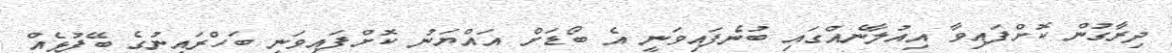
ދިރާގުން ކޮށްފައިވާ އިއުލާނެއްގައި ބުނެފައިވަނީ އެ ބޯޑަށް އައްޔަނު ކޮށްފައިވަނީ ބަހްރައިނުގެ ބޭފުޅެއް